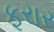
ફરાર